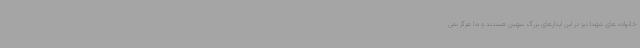
خانواده های شهدا نیز در این ایثارهای بزرگ سهین هستند و ما هرگز نمی